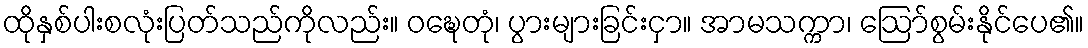
ထိုနှစ်ပါးစလုံးပြတ်သည်ကိုလည်း။ ဝဍ္ဎေတုံ၊ ပွားများခြင်းငှာ။ အာမသက္ကာ၊ ဩော်စွမ်းနိုင်ပေ၏။